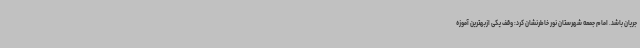
جریان باشد. امام جمعه شهرستان نور خاطرنشان کرد: وقف یکی ازبهترین آموزه